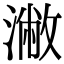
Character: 潎